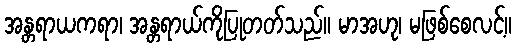
အန္တရာယကရာ၊ အန္တရာယ်ကိုပြုတတ်သည်။ မာအဟု၊ မဖြစ်စေလင့်။